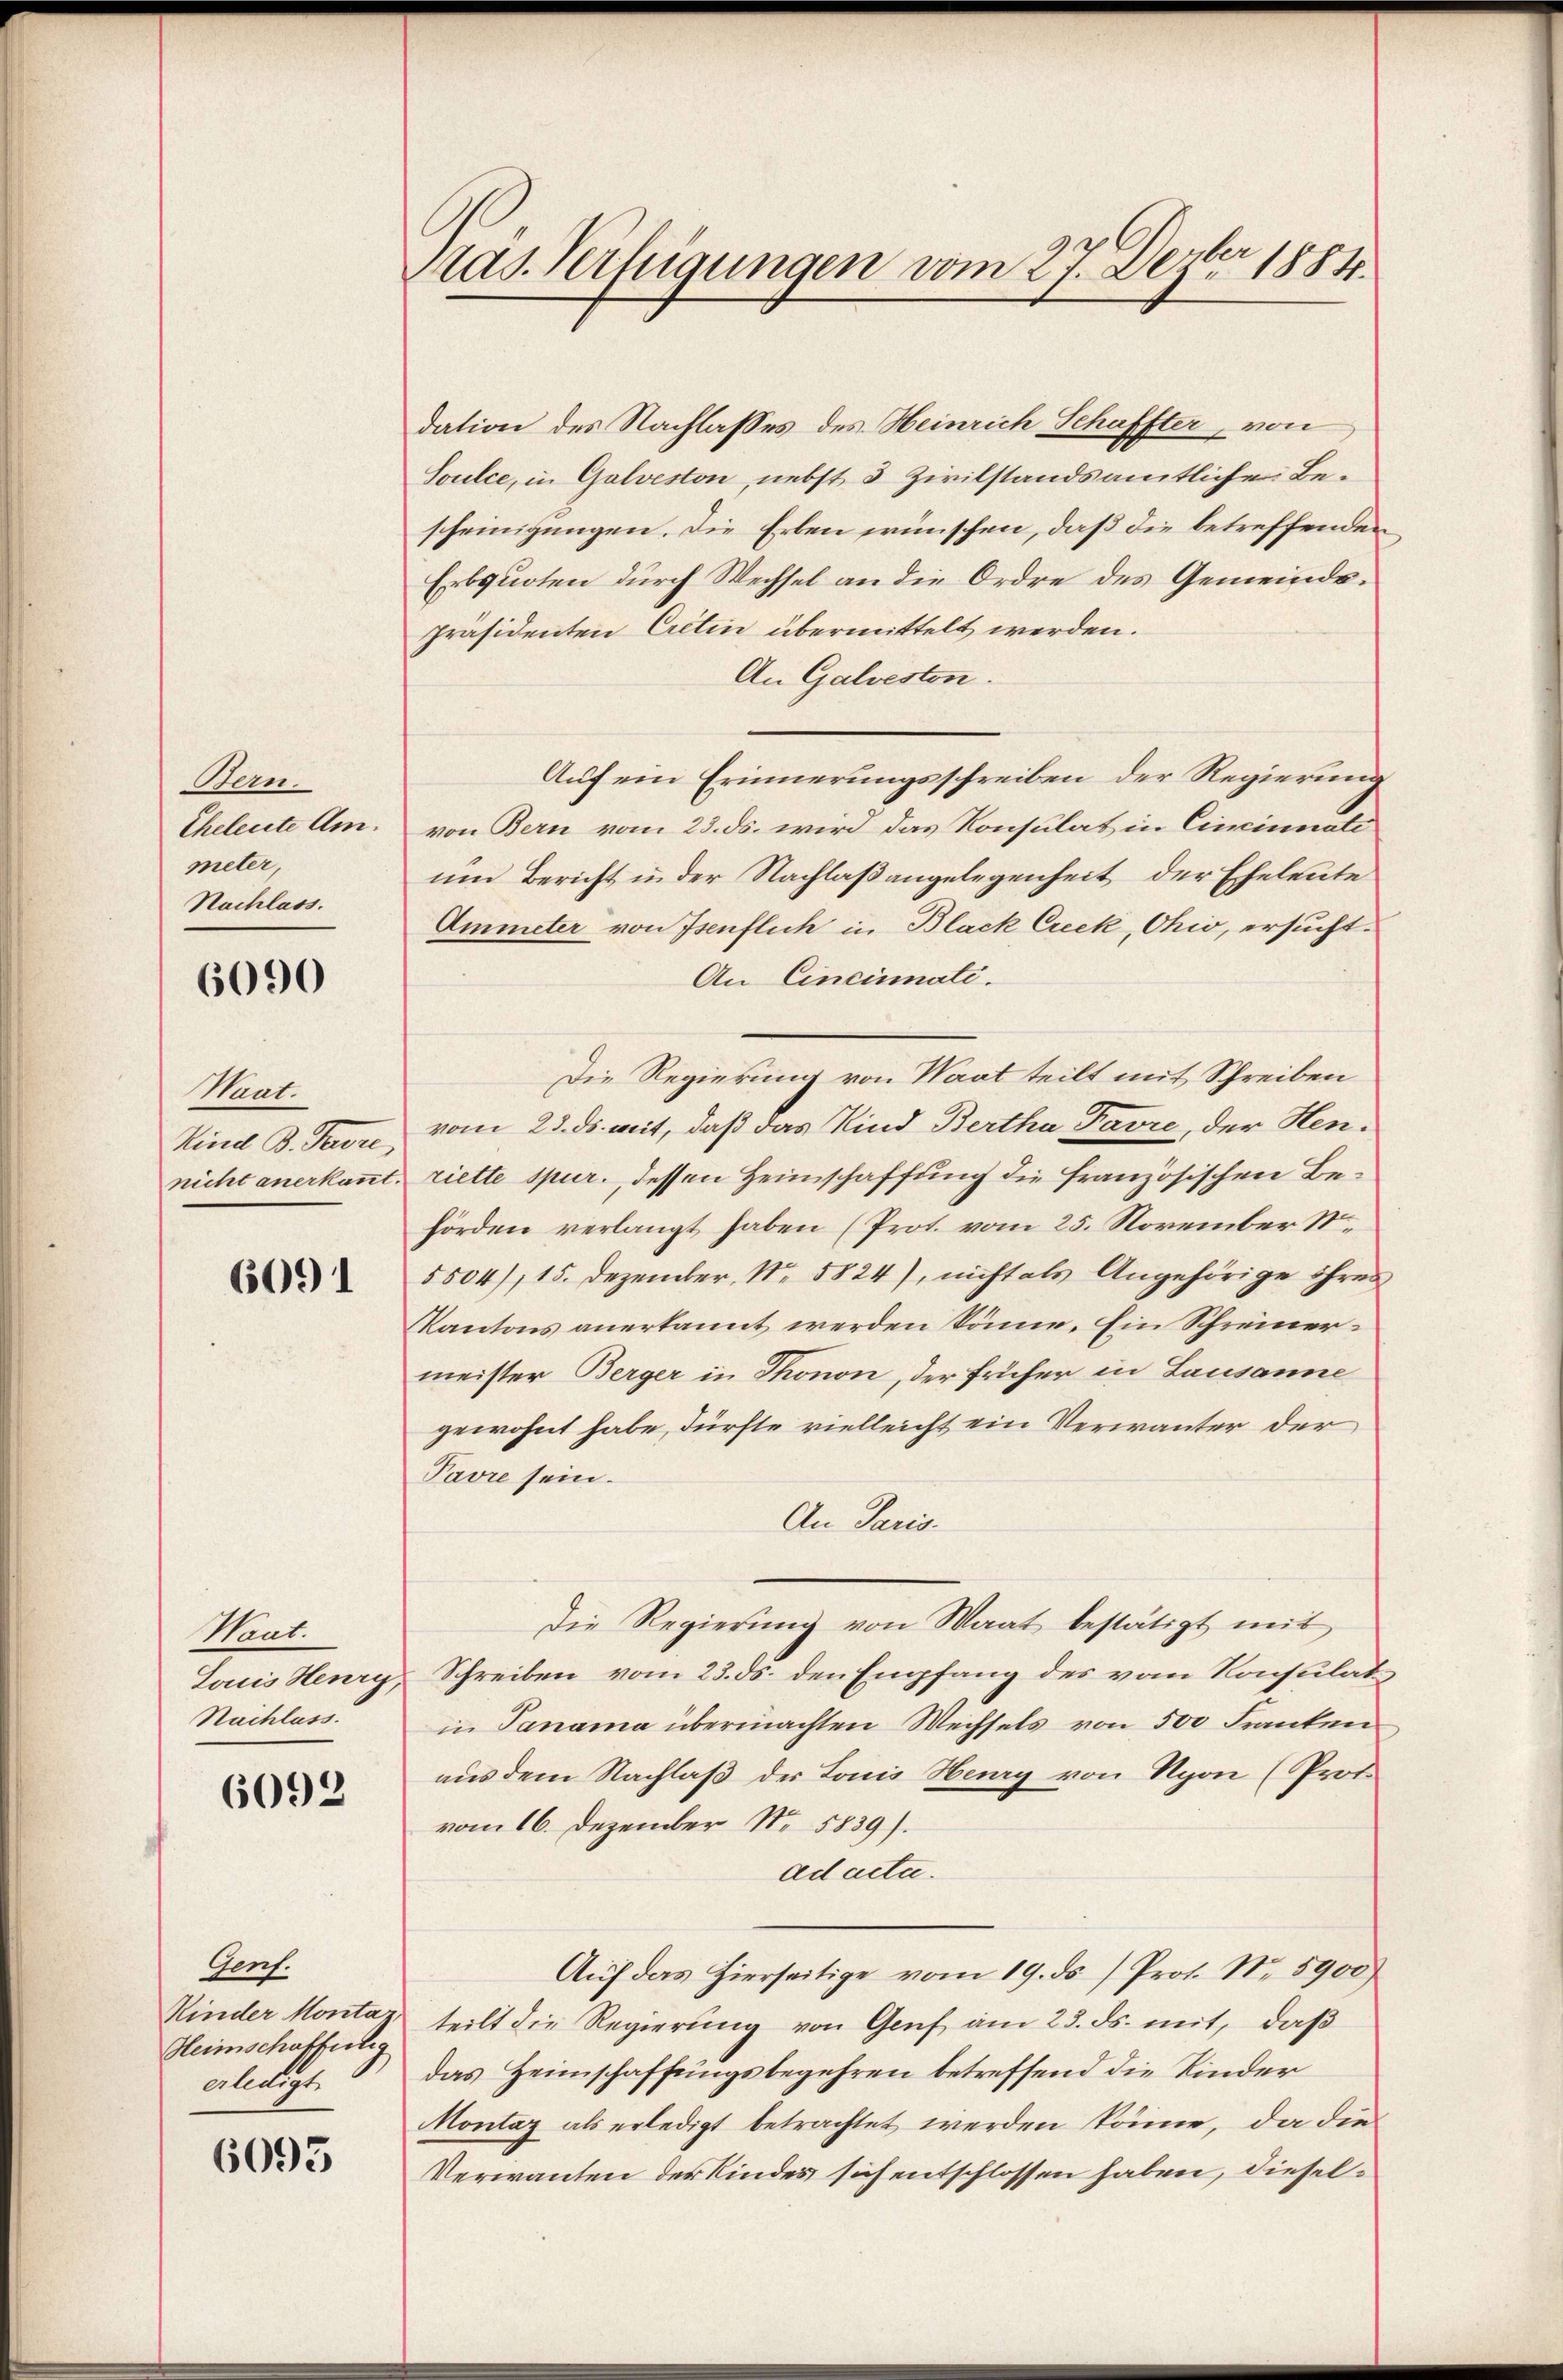
Ban.
Eheleute Am.
meter,
Nachlass.

6090

Haut
Kind B. Favre,
nicht anerkannt.

6091

Waat.
Nachlass.

6092

Gent.
Kinder Montaz
Heimschaffertig
gledigt.

6093

Präs. Verfügungen vom 27. Dezbr 1884.

dation des Nachlasses des Heinrich Schaffter, von
Soulce, in Galveston, nebst 3 Zivilstandsamtliche Bescheinigungen. Die Erben wünschen, daß die betreffenden
Erbquoten durch Wechsel an die Ordre des Gemeindspräsidenten Cretin übermittelt werden.
An Galveston.
Auf ein Erinnerungsschreiben der Regierung
von Bern vom 23. ds. wird das Konsulat in Cincinnali
um Bericht in der Nachlaßangelegenheit der Eheleute
Ammeter von Isenflich in Black Crek, Ohio, ersucht.
An Cincinati.
Die Regierung von Waat teilt mit Schreiben
vom 23. ds. mit, daß das Kind Bertha Favre, der Henriette spur., dessen Heimschaffung die französischen Behörden verlangt haben (Prot. vom 25. November 18
5504), 15. Dezember, No 5824), nicht als Angehörige ihres
Kantons anerkannt werden könne. Ein Schreinermeister Berger in Thonon, der früher in Lausanne
gewohnt habe, dürfte vielleicht ein Verwanter der
Pavre sein.
An Paris.
Die Regierŭng von Waat bestätigt mit
Louis Heury, Schreiben vom 23. ds. den Empfang des vom Konsulat
in Janama übermachten Wechsels von 500 Franken
aus dem Nachlaß der Louis Herry von Nyon (Prot.
vom 16. Dezember Nr. 5839).
ad acta.
Auf das hierseitige vom 19. ds Prof. No. 5900)
teilt die Regierung von Genf am 23. ds. mit, daß
das Heimschaffungsbegehren betreffend die Kinder
Montaz als erledigt betrachtet werden könne, da die
Verwanten der Kindes sich entschlossen haben, diesel¬